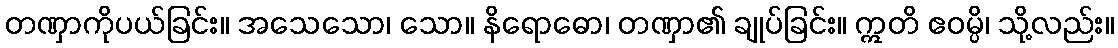
တဏှာကိုပယ်ခြင်း။ အသေသော၊ သော။ နိရောဓော၊ တဏှာ၏ ချုပ်ခြင်း။ ဣတိ ဧဝမ္ပိ၊ သို့လည်း။